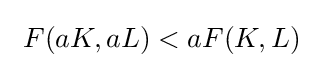
\ F(aK,aL)<aF(K,L)